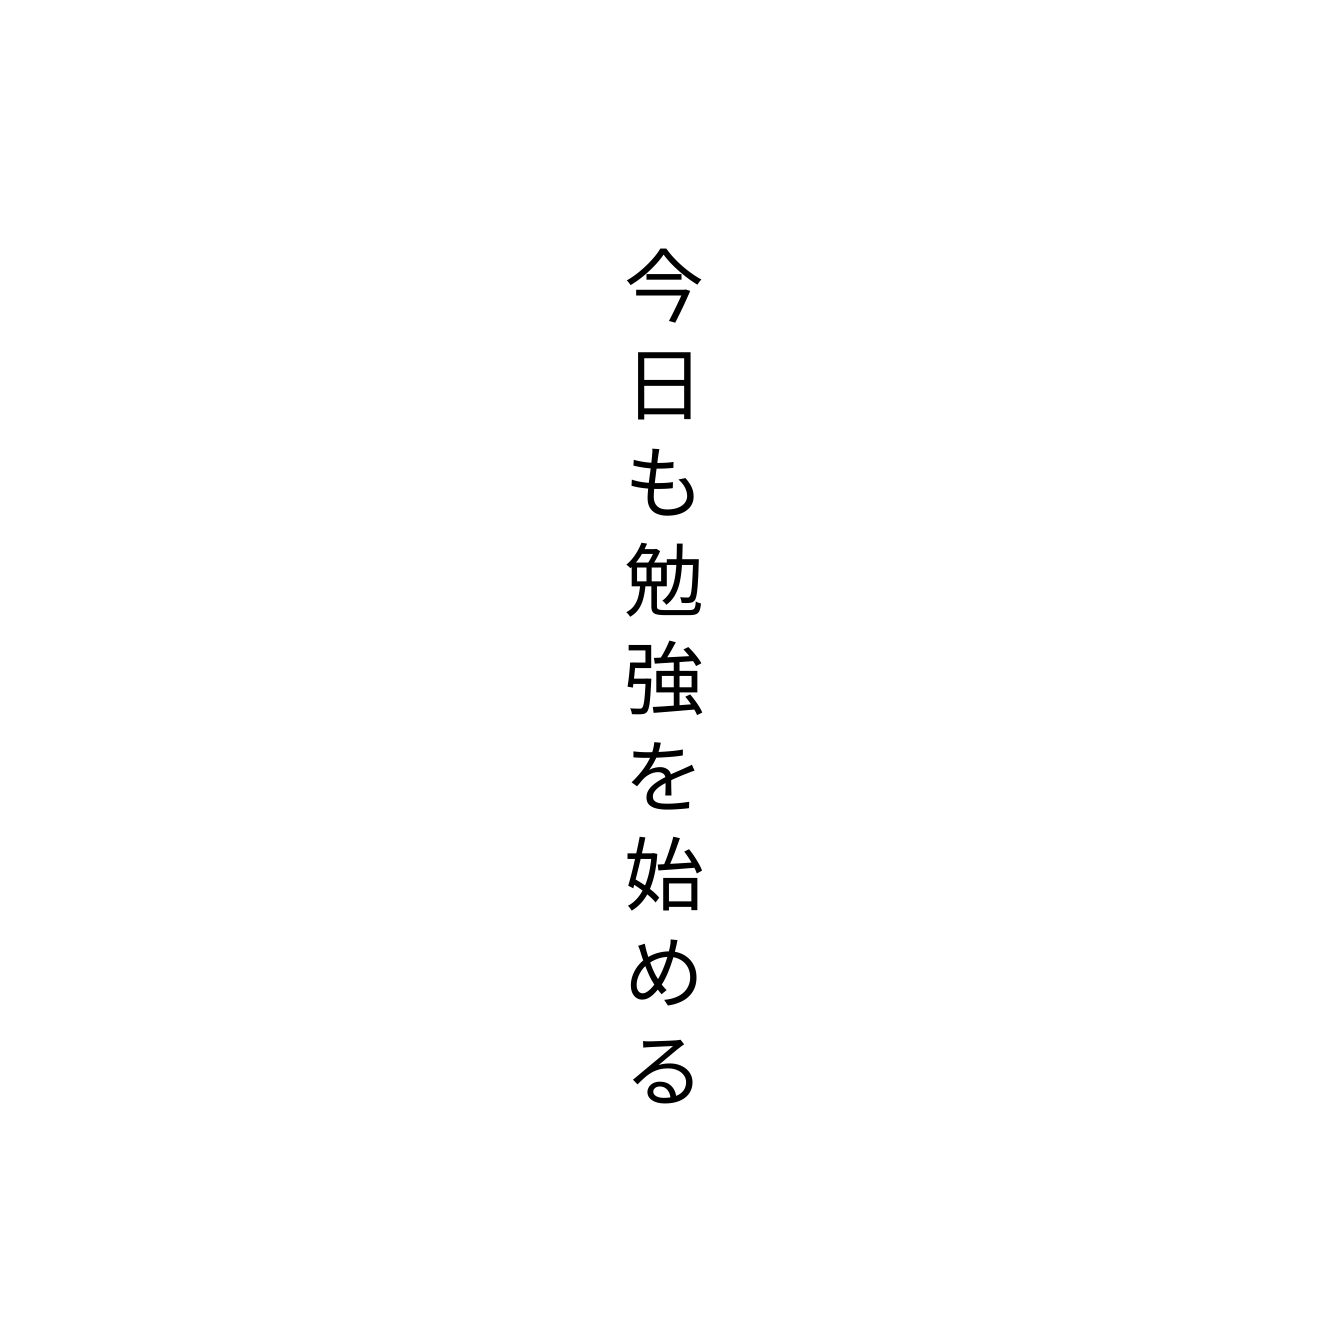
今日も勉強を始める